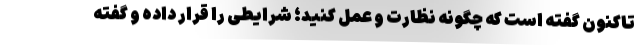
تاکنون گفته است که چگونه نظارت و عمل کنید؛ شرایطی را قرار داده و گفته